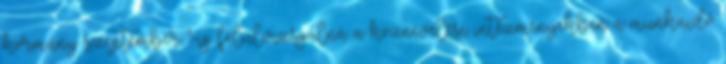
kormány szeptember 1-ig felülvizsgálná a köznevelési intézményekben a munkaidő